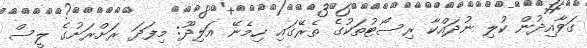
ގަވާއިދުން ކުލި ނުދައްކާ ރިސޯޓުތަކުގެ ތެރޭގައި ހިމެނޭ އަލިދޫ: މިފަދަ ރަށްރަށުގެ ލީސް